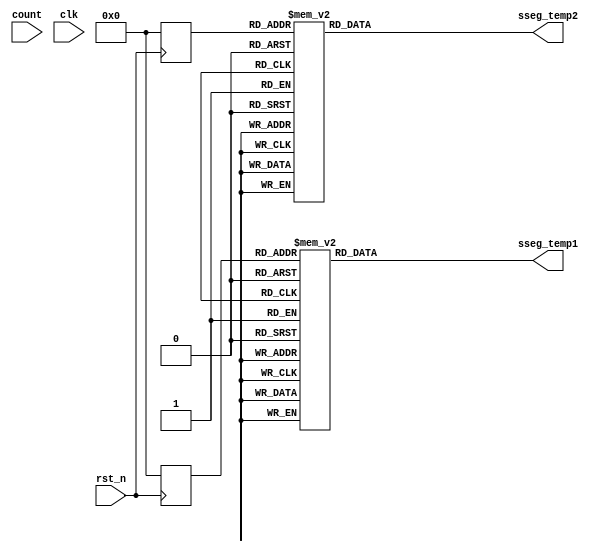
module display_7seg(
   count,
   clk,
    rst_n,
    sseg_temp1,
    sseg_temp2
    );
input  [5:0] count;
input rst_n;
input clk;
output  reg [6:0] sseg_temp1;
output  reg [6:0] sseg_temp2;
reg [3:0]first; //register for the first digit
reg [3:0]second; //register for the second digit
always @ (posedge rst_n)
begin
  if (rst_n) begin
   first <= 0;
   second <= 0;
  end
   else begin
  first <= count[5:0]%10;
  second <= count[5:0]/10;
  end
 end
  

always @ (*)
begin
  case(first)
   4'd0 : sseg_temp1 = 7'b1000000; //0
   4'd1 : sseg_temp1 = 7'b1111001; //1
   4'd2 : sseg_temp1 = 7'b0100100; //2
   4'd3 : sseg_temp1 = 7'b0110000; //3
   4'd4 : sseg_temp1 = 7'b0011001; //4
   4'd5 : sseg_temp1 = 7'b0010010; //5
   4'd6 : sseg_temp1 = 7'b0000010; //6
   4'd7 : sseg_temp1 = 7'b1111000; //7
   4'd8 : sseg_temp1 = 7'b0000000; //8
   4'd9 : sseg_temp1 = 7'b0010000; //9
   default : sseg_temp1 = 7'b0111111; //dash
  endcase

  case(second)
   4'd0 : sseg_temp2 = 7'b1000000; //0
   4'd1 : sseg_temp2 = 7'b1111001; //1
   4'd2 : sseg_temp2 = 7'b0100100; //2
   4'd3 : sseg_temp2 = 7'b0110000; //3
   4'd4 : sseg_temp2 = 7'b0011001; //4
   4'd5 : sseg_temp2 = 7'b0010010; //5
   4'd6 : sseg_temp2 = 7'b0000010; //6
   4'd7 : sseg_temp2 = 7'b1111000; //7
   4'd8 : sseg_temp2 = 7'b0000000; //8
   4'd9 : sseg_temp2 = 7'b0010000; //9
   default : sseg_temp2 = 7'b0111111; //dash
  endcase
end
endmodule